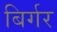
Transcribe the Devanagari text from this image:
बिर्गर